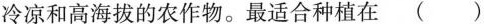
冷凉和高海拔的农作物。最适合种植在()